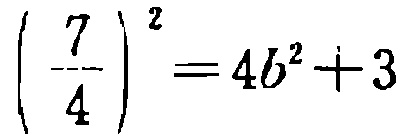
$\left(\frac{7}{4}\right)^{2}=4b^{2}+3$